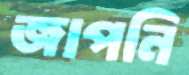
জাপনি